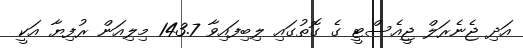
އަދި ޖެނެރަލް ޖީއެސްޓީ ގެ ގޮތުގައި ލިބިފައިވާ 143.7 މިލިއަން ރުފިޔާ އަކީ